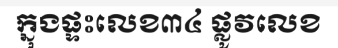
ក្នុងផ្ទះលេខ៣៤ ផ្លូវលេខ